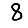
Digit: 8